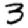
Digit: 3